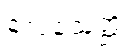
လေခသုတ္တံ